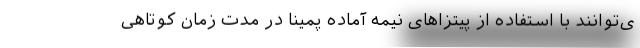
ی‌توانند با استفاده از پیتزاهای نیمه آماده‌ پمینا در مدت زمان کوتاهی